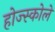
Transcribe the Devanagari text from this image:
होज्स्कोले